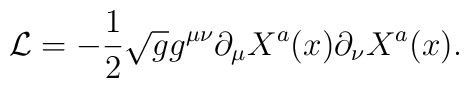
{\cal L}=-\frac{1}{2}\sqrt{g}g^{\mu\nu}\partial_{\mu}X^{a}(x)\partial_{\nu}X^{a}(x).